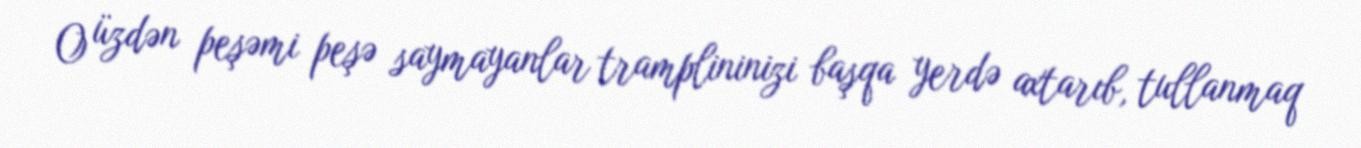
O üzdən peşəmi peşə saymayanlar tramplininizi başqa yerdə axtarıb, tullanmaq